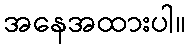
အနေအထားပါ။